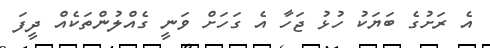
އެ ރަށުގެ ބަޔަކު ހުޅު ޖަހާ އެ ގަހަށް ވަނީ ގެއްލުންތަކެއް ދީފަ